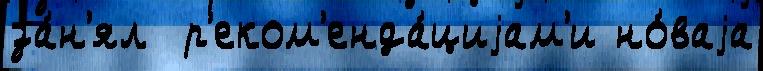
за́н'ял  р'еком'енда́циjам'и но́ваjа